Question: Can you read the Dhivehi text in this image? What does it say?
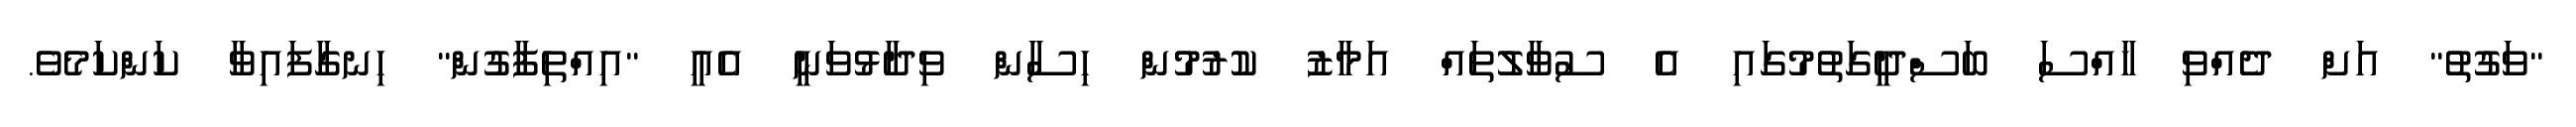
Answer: "ވަގުތު" އަށް ދެއްވި ޚާއްސަ ބަސްދީގަތުމުގައި އެ ސުވާލުތައް އަމާޒު ކުރުމުން ހިސާން ވިދާޅުވަނީ އެއީ "އިއްތިފާގުން" ހިނގާފައިވާ ކަންކަމެވެ.